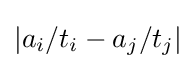
|a_{i}/t_{i}-a_{j}/t_{j}|